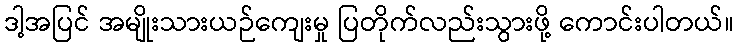
ဒါ့အပြင် အမျိုးသားယဉ်ကျေးမှု ပြတိုက်လည်းသွားဖို့ ကောင်းပါတယ်။